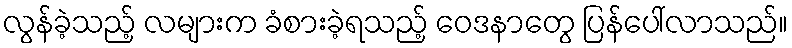
လွန်ခဲ့သည့် လများက ခံစားခဲ့ရသည့် ဝေဒနာတွေ ပြန်ပေါ်လာသည်။